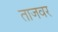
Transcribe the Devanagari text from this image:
ताजवर